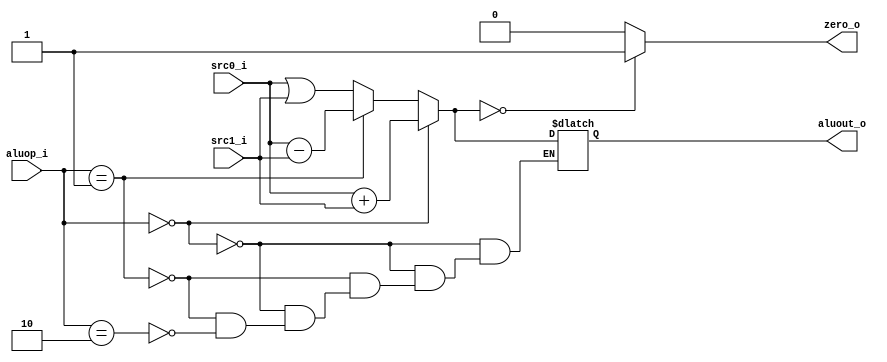


module ALU(aluout_o,zero_o,src0_i,src1_i,aluop_i);

	input  [31:0] 		src0_i;
	input  [31:0]		src1_i;
	input  [1:0]		aluop_i;		
	
	output reg[31:0]		aluout_o;
	output reg				zero_o;			
	
	initial								//
	begin
		zero_o = 0;
		aluout_o = 0;
	end	
	
	always@(src0_i or src1_i or aluop_i)
	begin
		if(aluop_i == 2'b00)
			aluout_o = src0_i+src1_i;
		else if(aluop_i == 2'b01)
				aluout_o = src0_i-src1_i;
		else if(aluop_i == 2'b10)
				aluout_o = src0_i|src1_i;
		
		
		if(aluout_o == 0)
			zero_o = 1;
		else
			zero_o = 0;
	end

endmodule